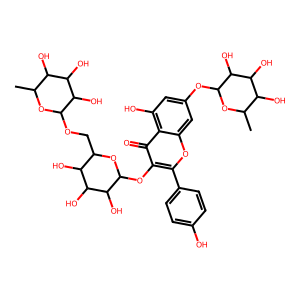
SMILES: CC1OC(OCC2OC(Oc3c(-c4ccc(O)cc4)oc4cc(OC5OC(C)C(O)C(O)C5O)cc(O)c4c3=O)C(O)C(O)C2O)C(O)C(O)C1O
Inhibits HIV replication: Yes